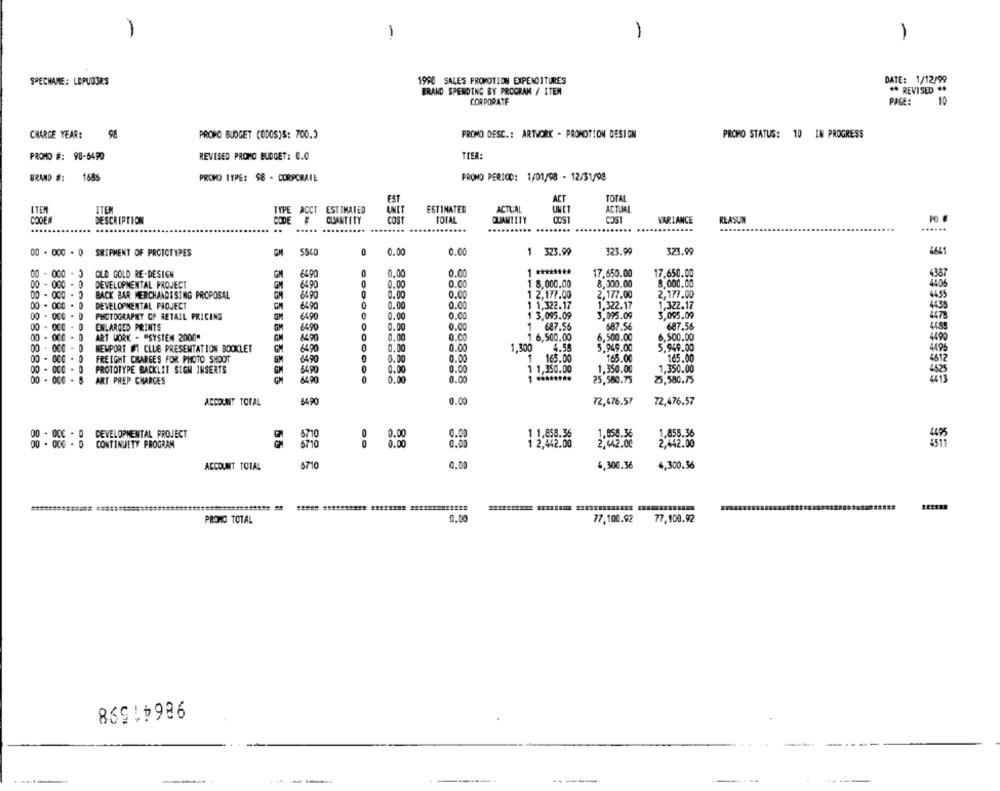
-
1
1
1
1990 SALES PROMOTION EXPENDITURES
DATE: 1/12/99
SPECHAME: LEPUDSRS
BRAND SPENDING BY PROGRAK / ITEM
** REVISED **
CORPORATE
PAGE:
10
CHARGE YEAR:
98
PROMO DESC .: ARTWORK - PROMOTION DESIGN
PROMO STATUS: 10 IN PROGRESS
PROPO BUDGET (ODOS)S: 700.0
PROMD #: 98-6490
REVISED PROMO BUDGET: 0.0
TIER:
BRAND #:
1686
PROMO TYPE: $8 - CORPORATE
PRONO PERIOD: 1/01/98 - 12/31/98
ACT
TOTAL
EST
ITEN
ITE
TYPE ACCT ESTIMATED
UNIT
ESTIMATED
ACTUAL
ACTUAL
CODEA
DESCRIPTION
CODE #
QUANTITY
COST
TOTAL
QUANTITY
COS1
VARIANCE
REASUN
PO
..
.....
.....
00 . 000 - 0 SHIPMENT OF PROTOTYPES
5840
0
0.00
0.00
1 323.99
323.99
323.99
641
00 - 000 - 3
OLD GOLD RE-DESIGN
GM
64.00
0
0.00
0.00
1 ********
17.650.00
17.650.00
4387
00 - 000 - 0
DEVELOPMENTAL PROJECT
GM
6590
0
0.00
0.00
1 8.000.00
8,000.00
8,000.00
BACK BAR MERCHANDISING PROPOSAL
6490
0
0.00
0.00
1 2,177.00
2,177.00
2,177.00
00 - 00 - 0
DEVELOPMENTAL PROJECT
6490
0.00
0.00
1 1.322.17
1,322.17
1,322.17
00 . 000 -
PHOTOGRAPHY OF RETAIL PRICING
6490
0.00
0.00
1 3,095.09
3,095.09
3,095.09
0
00 - OC0 - 0
ENLARGED PRINTS
6490
0.00
0.00
1 687.56
687.56
687.56
00 - 000
ART WORK - "SYSTEM 2000"
6490
0.00
0.CO
1 6,500.00
6,500.00
6,500.00
00 - 000
NEWPORT #1 CLUE PRESENTATION BOCKLET
6490
0.00
0.00
1,300
4.55
5.949.00
5,949.00
4495
00 - 0CC -
1
FREIGHT CHARGES FOR PHOTO SHOOT
6490
0.00
165.00
165.00
165.00
. 0
PROTOTYPE BACKLIT SIGN INSERTS
6490
0
0.00
0.00
1 1,350.00
1,350.00
1,350.00
00 - 000
ART PREP CHARGES
6490
0.00
0.00
25,580.75
2,580.75
ACCOUNT TOTAL
54.90
0.00
72,476.57
72,476.57
00 - OCC - O
DEVELOPMENTAL PROJECT
0
0.00
0.00
1.858.36
1,858.36
00 . 006 - D
CONTINUITY PROGRAM
0.00
0.00
11
2,442.00
2,442.00
ACCOUNT TOTAL
6710
0.00
4,300.36
4,300.36
PROMO TOTAL
0.00
77,100.92
77,100.92
80915986
-
---
...